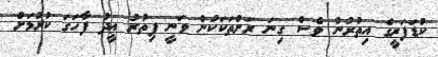
ކުޑަފަރީގެ އިތުރުން ވެސް ގިނަ ރަށްތަކަކުން ވަނީ ފިތުރު ޢީދު ފާހަގަ ކުރުމަށް